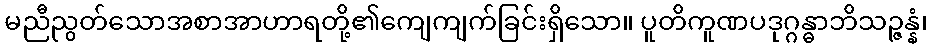
မညီညွတ်သောအစာအာဟာရတို့၏ကျေကျက်ခြင်းရှိသော။ ပူတိကူဏပဒုဂ္ဂန္ဓာဘိသဉ္ဇန္နံ၊